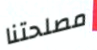
مصلحتنا